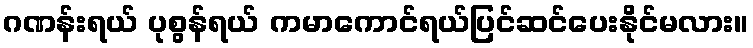
ဂဏန်းရယ် ပုစွန်ရယ် ကမာကောင်ရယ်ပြင်ဆင်ပေးနိုင်မလား။